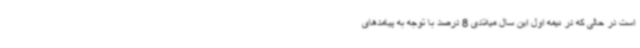
است در حالی که در نیمه اول این سال میلادی 8 درصد با توجه به پیامدهای